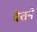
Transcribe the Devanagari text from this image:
वेतने